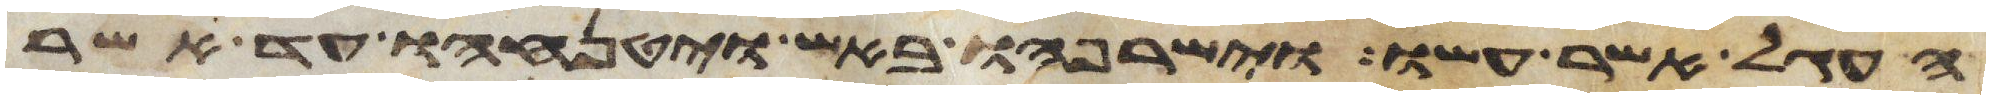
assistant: העגל אשר עשו וישרפהו באש ויטנחהו עד אשר